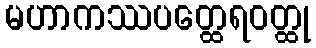
မဟာကဿပတ္ထေရဝတ္ထု